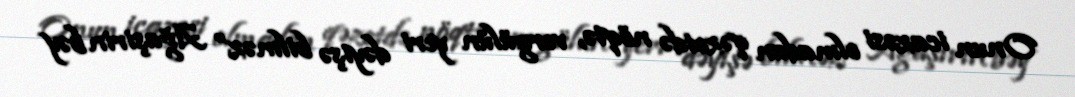
Onun icazəsi olmadan qəzetdə nöqtə, vergülün yeri dəyişə bilməz” Ağaşirin bəy